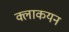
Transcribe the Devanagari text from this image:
क्लाकयन